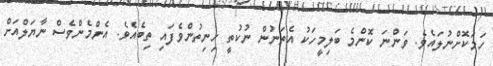
ހަމަކޮށްނުލައެވެ. ވަންނަ ކޮންމެ ބަލިމީހަކު އެތަނުން ނުކުތީ ހިނިތުންވެފައި ތިބެއެވެ. އެންމެންވެސް ނާޔަލްއަށް